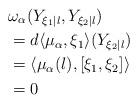
LaTeX: \begin{align*}&\omega_{\alpha}( Y_{\xi_{1}|l}, Y_{\xi_{2}|l})\\&=d\langle \mu_{\alpha},\xi_{1}\rangle(Y_{\xi_{2}|l})\\&=\langle\mu_{\alpha}(l),[\xi_{1},\xi_{2}]\rangle\\&=0\end{align*}